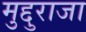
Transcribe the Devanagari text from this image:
मुद्दुराजा